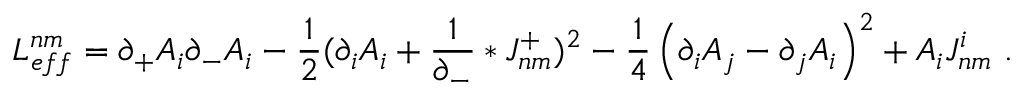
{ \cal L } _ { e f f } ^ { n m } = \partial _ { + } A _ { i } \partial _ { - } A _ { i } - \frac 1 2 ( \partial _ { i } A _ { i } + \frac { 1 } { \partial _ { - } } \ast J _ { n m } ^ { + } ) ^ { 2 } - \frac 1 4 \left( \partial _ { i } { A } _ { j } - \partial _ { j } { A } _ { i } \right) ^ { 2 } + A _ { i } J _ { n m } ^ { i } \ .